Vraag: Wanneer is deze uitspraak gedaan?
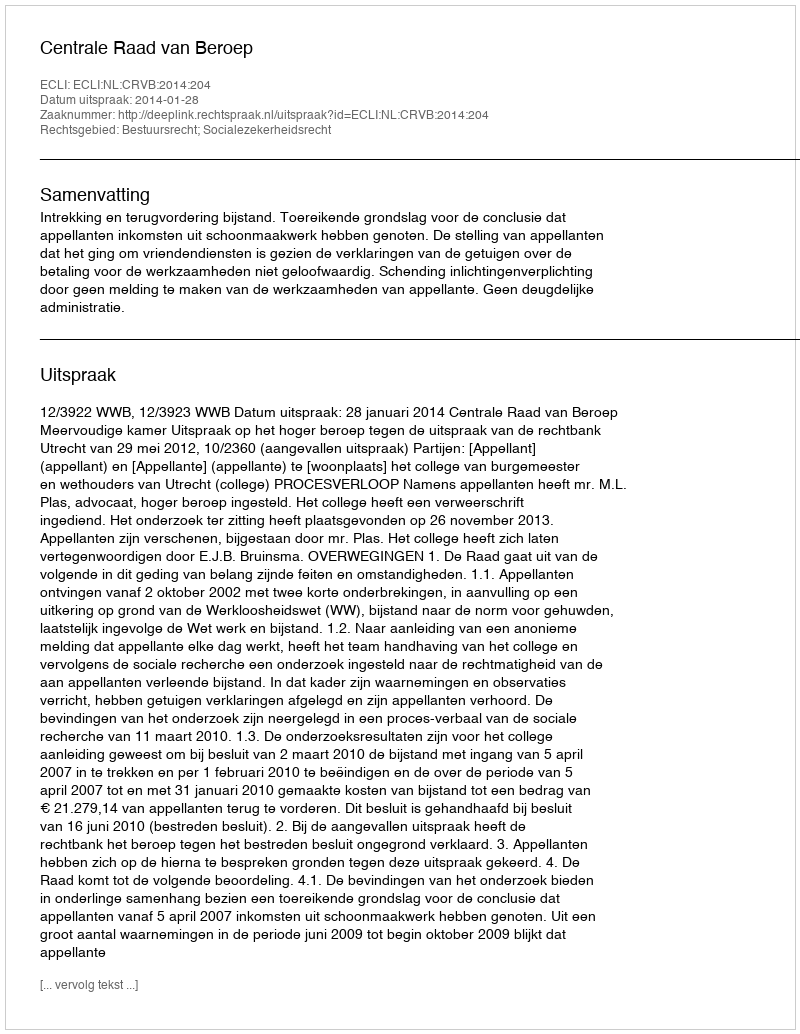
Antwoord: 2014-01-28